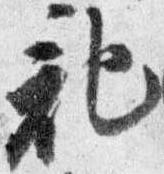
記